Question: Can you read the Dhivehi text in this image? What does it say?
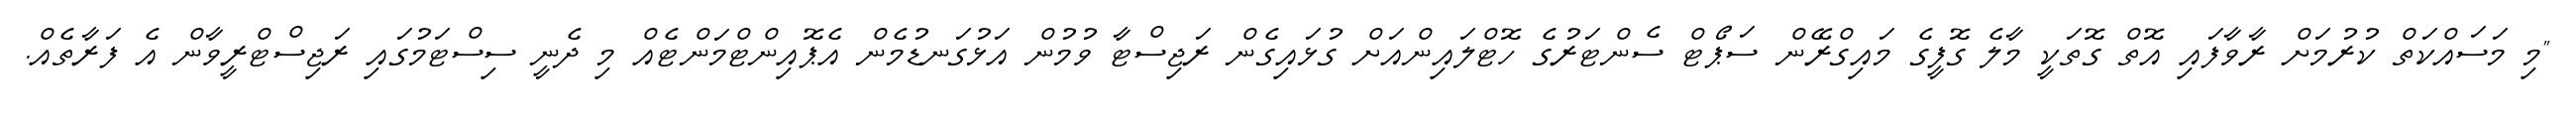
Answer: "މި މަސައްކަތް ކުރުމަށް ރާވާފައި އޮތް ގޮތަކީ މާލެ ގޮފީގެ މައިގްރޭން ސަޕޯޓް ސެންޓަރުގެ ހޮޓްލައިންއަށް ގުޅައިގެން ރަޖިސްޓާ ވުމުން އަޅުގަނޑުމެން އެޕޮއިންޓްމަންޓެއް މި ދެނީ ސިސްޓަމުގައި ރަޖިސްޓްރީވާން އެ ފަރާތެއް.